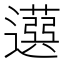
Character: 𦽙